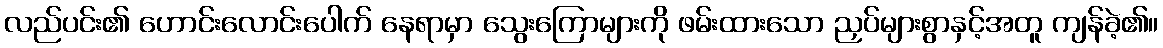
လည်ပင်း၏ ဟောင်းလောင်းပေါက် နေရာမှာ သွေးကြောများကို ဖမ်းထားသော ညှပ်များစွာနှင့်အတူ ကျန်ခဲ့၏။